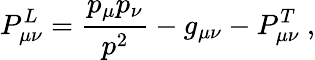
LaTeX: P_{\mu\nu}^{L}=\frac{p_{\mu}p_{\nu}}{p^{2}}-g_{\mu\nu}-P_{\mu\nu}^{T}\ ,